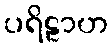
ပရိဠာဟ